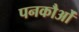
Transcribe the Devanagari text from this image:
पनकौओं